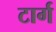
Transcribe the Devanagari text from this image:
टार्ग